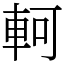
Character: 軻